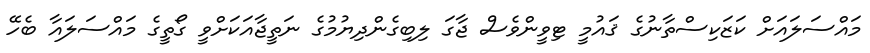
މައްސަލައަށް ކަޒަކިސްތާނުގެ ޤައުމީ ޓިވީންވެސް ޖާގަ ލިބިގެންދިޔުމުގެ ނަތީޖާއަކަށްވީ ގޯތީގެ މައްސަލައާ ބެހޭ